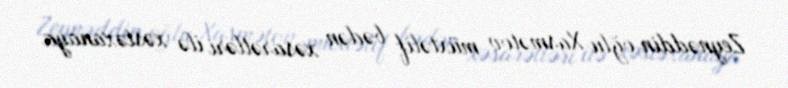
Zeynəddin oğlu Xasmətov müxtəlif bədən xəsarətləri ilə xəstəxanaya